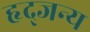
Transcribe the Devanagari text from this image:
हृद्जन्‍य